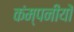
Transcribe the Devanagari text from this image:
कंम्पनीयों